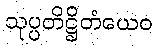
သုပ္ပတိဋ္ဌိတံယေဝ